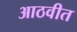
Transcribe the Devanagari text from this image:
आठवीत